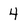
Character: 4